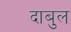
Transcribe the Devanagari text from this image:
दाबुल